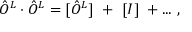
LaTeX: \hat { O } ^ { L } \cdot \hat { O } ^ { L } = [ \hat { O } ^ { L } ] ~ + ~ [ I ] ~ + . . . ~ ,